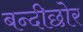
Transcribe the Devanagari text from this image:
बन्दीछोर